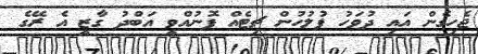
ޖެހިގެން އައި ދުވަހު ފުލުހުން ޗިޓެއް ފޮނުއްވީ އަބްދު ގާޒީ އެ ރޭގެ